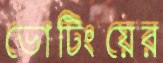
ভোটিংয়ের